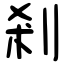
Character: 剎